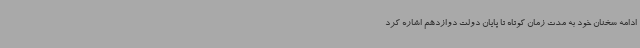
ادامه سخنان خود به مدت زمان کوتاه تا پایان دولت دوازدهم اشاره کرد